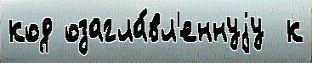
код озагла́вл'еннуjу  к